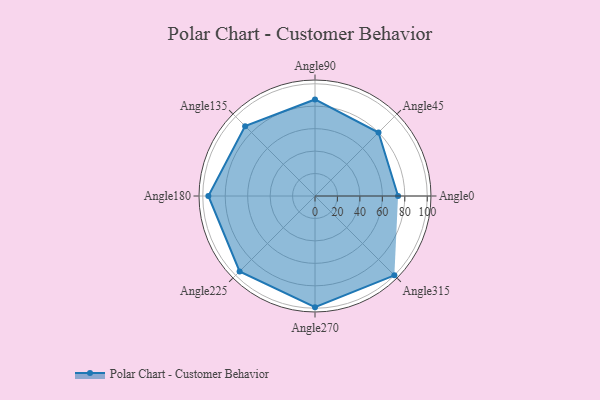
{"axis": {"x": "Angle", "y": "Radius"}, "legend": [""], "data": [{"x": "Angle0", "y": 74.0, "type": ""}, {"x": "Angle45", "y": 80.0, "type": ""}, {"x": "Angle90", "y": 86.0, "type": ""}, {"x": "Angle135", "y": 88.0, "type": ""}, {"x": "Angle180", "y": 95.0, "type": ""}, {"x": "Angle225", "y": 95.0, "type": ""}, {"x": "Angle270", "y": 99.0, "type": ""}, {"x": "Angle315", "y": 100.0, "type": ""}]}